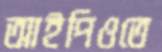
আইপিওতে